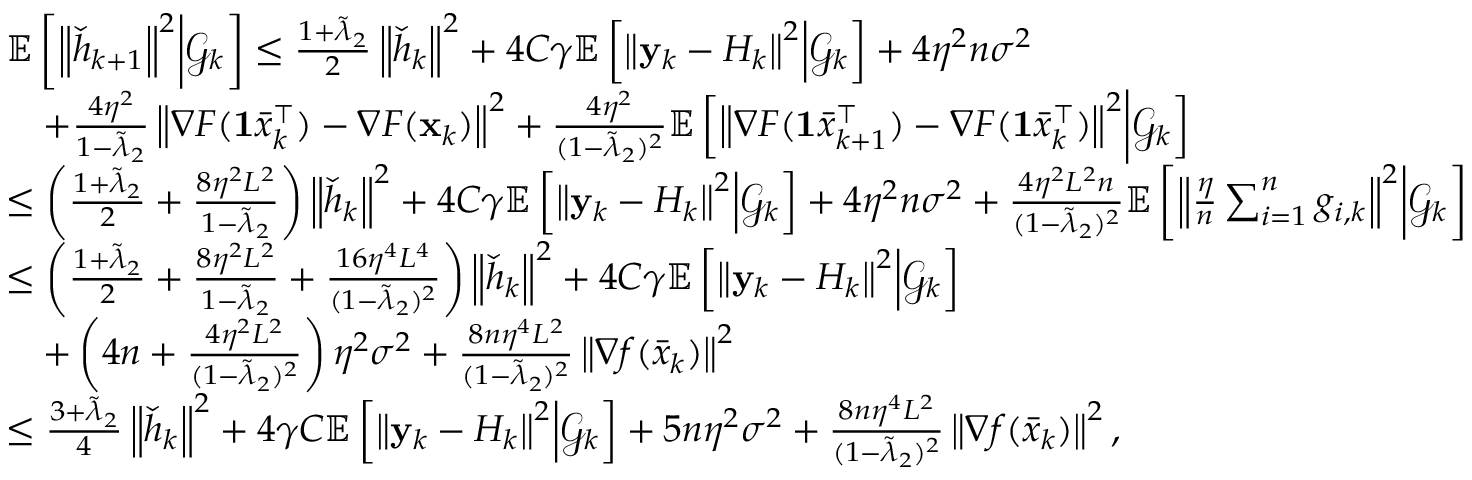
\begin{array} { r l } & { \mathbb { E } \left[ \left\Vert \check { h } _ { k + 1 } \right\Vert ^ { 2 } \middle | \mathcal { G } _ { k } \right] \leq \frac { 1 + \tilde { \lambda } _ { 2 } } { 2 } \left\Vert \check { h } _ { k } \right\Vert ^ { 2 } + 4 C \gamma \mathbb { E } \left[ \left\Vert \mathbf { y } _ { k } - H _ { k } \right\Vert ^ { 2 } \middle | \mathcal { G } _ { k } \right] + 4 \eta ^ { 2 } n \sigma ^ { 2 } } \\ & { \quad + \frac { 4 \eta ^ { 2 } } { 1 - \tilde { \lambda } _ { 2 } } \left\Vert \nabla F ( \mathbf { 1 } \bar { x } _ { k } ^ { \intercal } ) - \nabla F ( \mathbf { x } _ { k } ) \right\Vert ^ { 2 } + \frac { 4 \eta ^ { 2 } } { ( 1 - \tilde { \lambda } _ { 2 } ) ^ { 2 } } \mathbb { E } \left[ \left\Vert \nabla F ( \mathbf { 1 } \bar { x } _ { k + 1 } ^ { \intercal } ) - \nabla F ( \mathbf { 1 } \bar { x } _ { k } ^ { \intercal } ) \right\Vert ^ { 2 } \middle | \mathcal { G } _ { k } \right] } \\ & { \leq \left( \frac { 1 + \tilde { \lambda } _ { 2 } } { 2 } + \frac { 8 \eta ^ { 2 } L ^ { 2 } } { 1 - \tilde { \lambda } _ { 2 } } \right) \left\Vert \check { h } _ { k } \right\Vert ^ { 2 } + 4 C \gamma \mathbb { E } \left[ \left\Vert \mathbf { y } _ { k } - H _ { k } \right\Vert ^ { 2 } \middle | \mathcal { G } _ { k } \right] + 4 \eta ^ { 2 } n \sigma ^ { 2 } + \frac { 4 \eta ^ { 2 } L ^ { 2 } n } { ( 1 - \tilde { \lambda } _ { 2 } ) ^ { 2 } } \mathbb { E } \left[ \left\Vert \frac { \eta } { n } \sum _ { i = 1 } ^ { n } g _ { i , k } \right\Vert ^ { 2 } \middle | \mathcal { G } _ { k } \right] } \\ & { \leq \left( \frac { 1 + \tilde { \lambda } _ { 2 } } { 2 } + \frac { 8 \eta ^ { 2 } L ^ { 2 } } { 1 - \tilde { \lambda } _ { 2 } } + \frac { 1 6 \eta ^ { 4 } L ^ { 4 } } { ( 1 - \tilde { \lambda } _ { 2 } ) ^ { 2 } } \right) \left\Vert \check { h } _ { k } \right\Vert ^ { 2 } + 4 C \gamma \mathbb { E } \left[ \left\Vert \mathbf { y } _ { k } - H _ { k } \right\Vert ^ { 2 } \middle | \mathcal { G } _ { k } \right] } \\ & { \quad + \left( 4 n + \frac { 4 \eta ^ { 2 } L ^ { 2 } } { ( 1 - \tilde { \lambda } _ { 2 } ) ^ { 2 } } \right) \eta ^ { 2 } \sigma ^ { 2 } + \frac { 8 n \eta ^ { 4 } L ^ { 2 } } { ( 1 - \tilde { \lambda } _ { 2 } ) ^ { 2 } } \left\Vert \nabla f ( \bar { x } _ { k } ) \right\Vert ^ { 2 } } \\ & { \leq \frac { 3 + \tilde { \lambda } _ { 2 } } { 4 } \left\Vert \check { h } _ { k } \right\Vert ^ { 2 } + 4 \gamma C \mathbb { E } \left[ \left\Vert \mathbf { y } _ { k } - H _ { k } \right\Vert ^ { 2 } \middle | \mathcal { G } _ { k } \right] + 5 n \eta ^ { 2 } \sigma ^ { 2 } + \frac { 8 n \eta ^ { 4 } L ^ { 2 } } { ( 1 - \tilde { \lambda } _ { 2 } ) ^ { 2 } } \left\Vert \nabla f ( \bar { x } _ { k } ) \right\Vert ^ { 2 } , } \end{array}